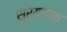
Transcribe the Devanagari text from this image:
सूर्य्याक